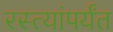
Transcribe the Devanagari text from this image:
रस्त्यांपर्यंत